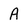
Character: A